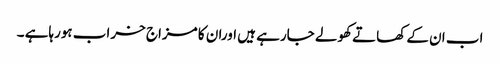
اب ان کے کھاتے کھولے جارہے ہیں اوران کا مزاج خراب ہورہاہے ۔